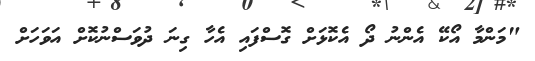
"މަންމާ އޯކޭ އެންނު ދޯ އެކޮޅަށް ގޮސްފައި އެހާ ގިނަ ދުވަސްނުކޮށް އަވަހަށް